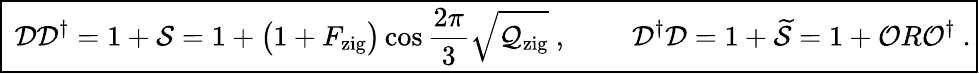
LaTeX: \begin{array}{r}{\boxed{\ \mathcal{DD}^{\dagger}=1+\mathcal{S}=1+\big(1+F_{\mathrm{zig}}\big)\cos\frac{2\pi}{3}\sqrt{\mathcal{Q}_{\mathrm{zig}}}\ ,\qquad\ \mathcal{D}^{\dagger}\mathcal{D}=1+\widetilde{\mathcal{S}}=1+\mathcal{O}R\mathcal{O}^{\dagger}\ .}}\end{array}